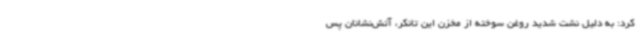
کرد: به دلیل نشت شدید روغن سوخته از مخزن این تانکر، آتش‌نشانان پس